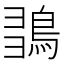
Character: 𪀫